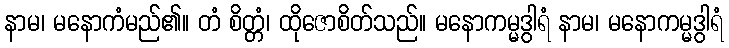
နာမ၊ မနောကံမည်၏။ တံ စိတ္တံ၊ ထိုဇောစိတ်သည်။ မနောကမ္မဒွါရံ နာမ၊ မနောကမ္မဒွါရံ